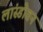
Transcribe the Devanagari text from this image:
लांस्डोवन